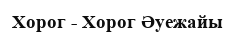
Хорог - Хорог Әуежайы